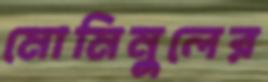
মোমিনুলের